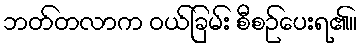
ဘတ်တလာက ဝယ်ခြမ်း စီစဉ်ပေးရ၏။